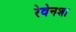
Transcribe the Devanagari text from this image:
रेवेनशा